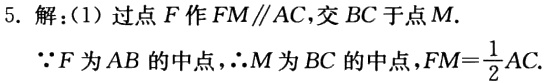
5. 解：(1) 过点\(F\)作\(FM\parallel AC\)，交\(BC\)于点\(M\).

\(\because F\)为\(AB\)的中点，\(\therefore M\)为\(BC\)的中点，\(FM = \frac{1}{2}AC\).